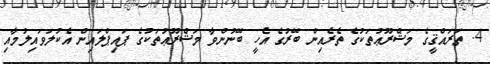
4. ތަރައްޤީގެ މަޝްރޫޢުތަކުގެ ތެރެއިން ބޭރުގެ އެހީ ބޭނުންވާ މަޝްރޫޢުތަކުގެ ޕައިޕްލައިން އެކުލަވައިލުމާއި